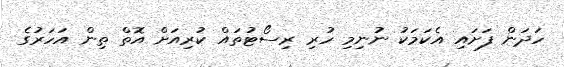
ހަދަން ފަށައި އެކަމަކު ނުނިމި ހުރި ރިސޯޓުތައް ކުރިއަށް އޮތް ތިން އަހަރުގެ